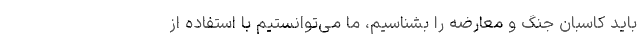
باید کاسبان جنگ و معارضه را بشناسیم، ما می‌توانستیم با استفاده از